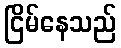
ငြိမ်နေသည်